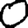
Digit: 0